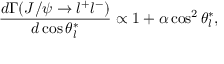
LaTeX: \frac { d \Gamma ( J / \psi \rightarrow l ^ { + } l ^ { - } ) } { d \cos \theta _ { l } ^ { * } } \propto 1 + \alpha \cos ^ { 2 } \theta _ { l } ^ { * } ,